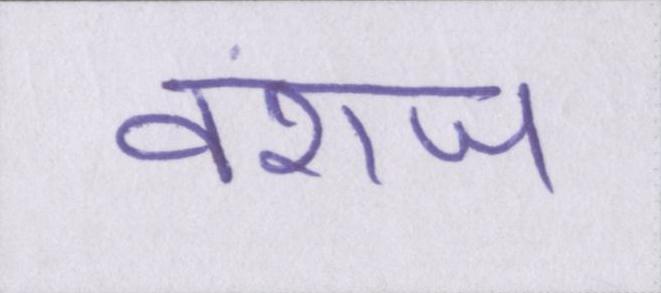
वंशज